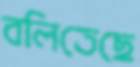
বলিতেছে